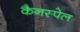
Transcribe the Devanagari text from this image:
कैनस्पेल